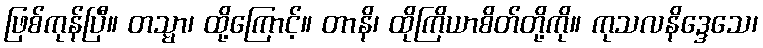
ဖြစ်ကုန်ပြီ။ တသ္မာ၊ ထို့ကြောင့်။ တာနိ၊ ထိုကြိယာစိတ်တို့ကို။ ကုသလနိဒ္ဒေသေ၊